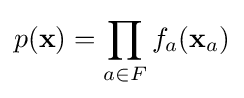
p(\mathbf {x} )=\prod _{a\in F}f_{a}(\mathbf {x} _{a})